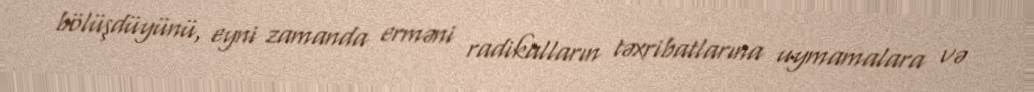
bölüşdüyünü, eyni zamanda erməni radikalların təxribatlarına uymamalara və